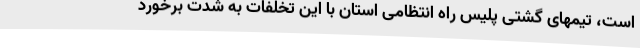
است، تیمهای گشتی پلیس راه انتظامی استان با این تخلفات به شدت برخورد